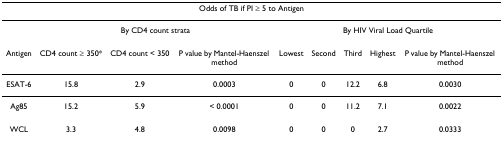
| <COLSPAN=9> Odds of TB if PI ≥ 5 to Antigen |
 | --- | --- | --- | --- | --- | --- | --- | --- | --- |
 |  | <COLSPAN=3> By CD4 count strata | <COLSPAN=5> By HIV Viral Load Quartile |
 | Antigen | CD4 count ≥ 350* | CD4 count < 350 | P value by Mantel-Haenszel method | Lowest | Second | Third | Highest | P value by Mantel-Haenszel method |
 | ESAT-6 | 15.8 | 2.9 | 0.0003 | 0 | 0 | 12.2 | 6.8 | 0.0030 |
 | Ag85 | 15.2 | 5.9 | < 0.0001 | 0 | 0 | 11.2 | 7.1 | 0.0022 |
 | WCL | 3.3 | 4.8 | 0.0098 | 0 | 0 | 0 | 2.7 | 0.0333 |